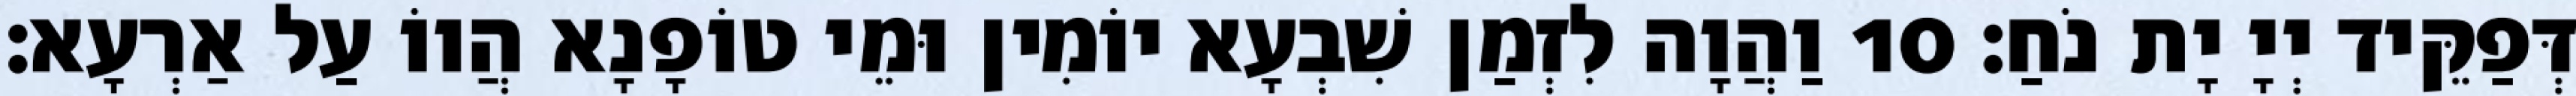
דְּפַקֵּיד יְיָ יָת נֹחַ׃ 10 וַהֲוָה לִזְמַן שִׁבְעָא יוֹמִין וּמֵי טוֹפָנָא הֲווֹ עַל אַרְעָא׃